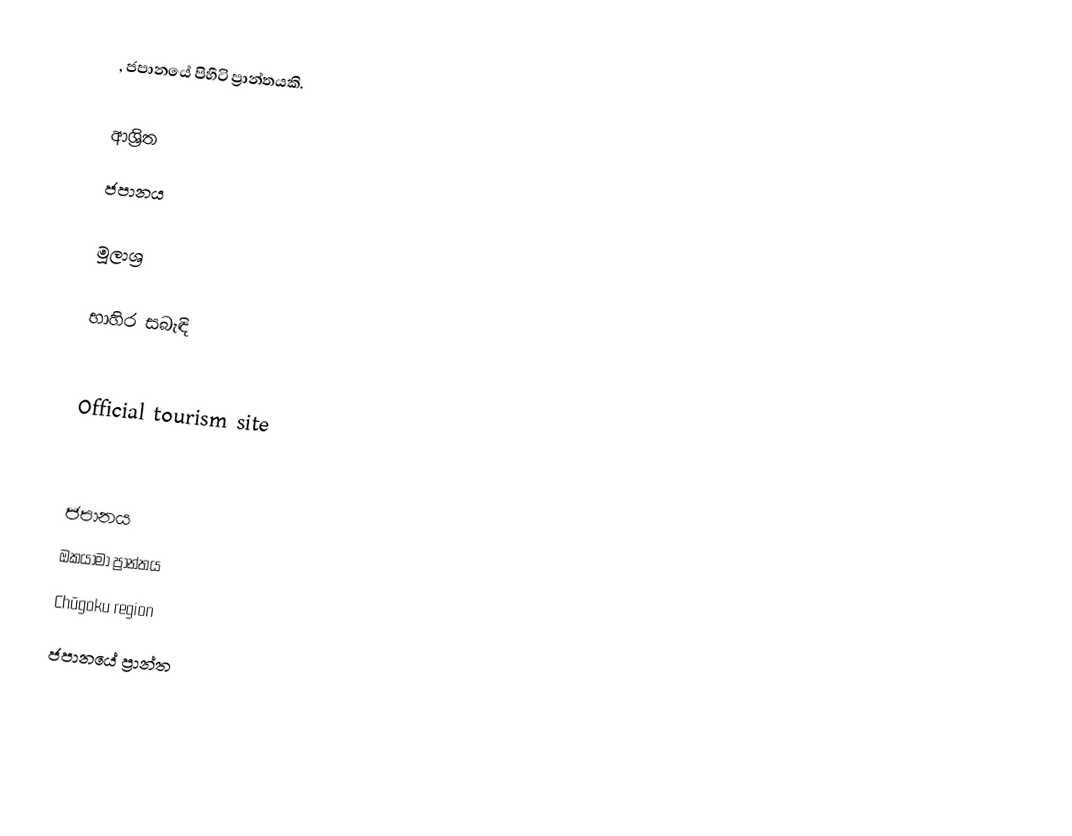
, ජපානයේ පිහීටි ප්‍රාන්තයකි.

ආශ්‍රිත
 ජපානය

මූලාශ්‍ර

භාහිර සබැඳි

 Official tourism site

ජපානය
ඔකයාමා ප්‍රාන්තය
Chūgoku region
ජපානයේ ප්‍රාන්ත